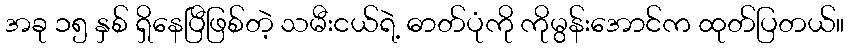
အခု ၁၅ နှစ် ရှိနေပြီဖြစ်တဲ့ သမီးငယ်ရဲ့ ဓာတ်ပုံကို ကိုမွန်းအောင်က ထုတ်ပြတယ်။